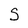
Character: S